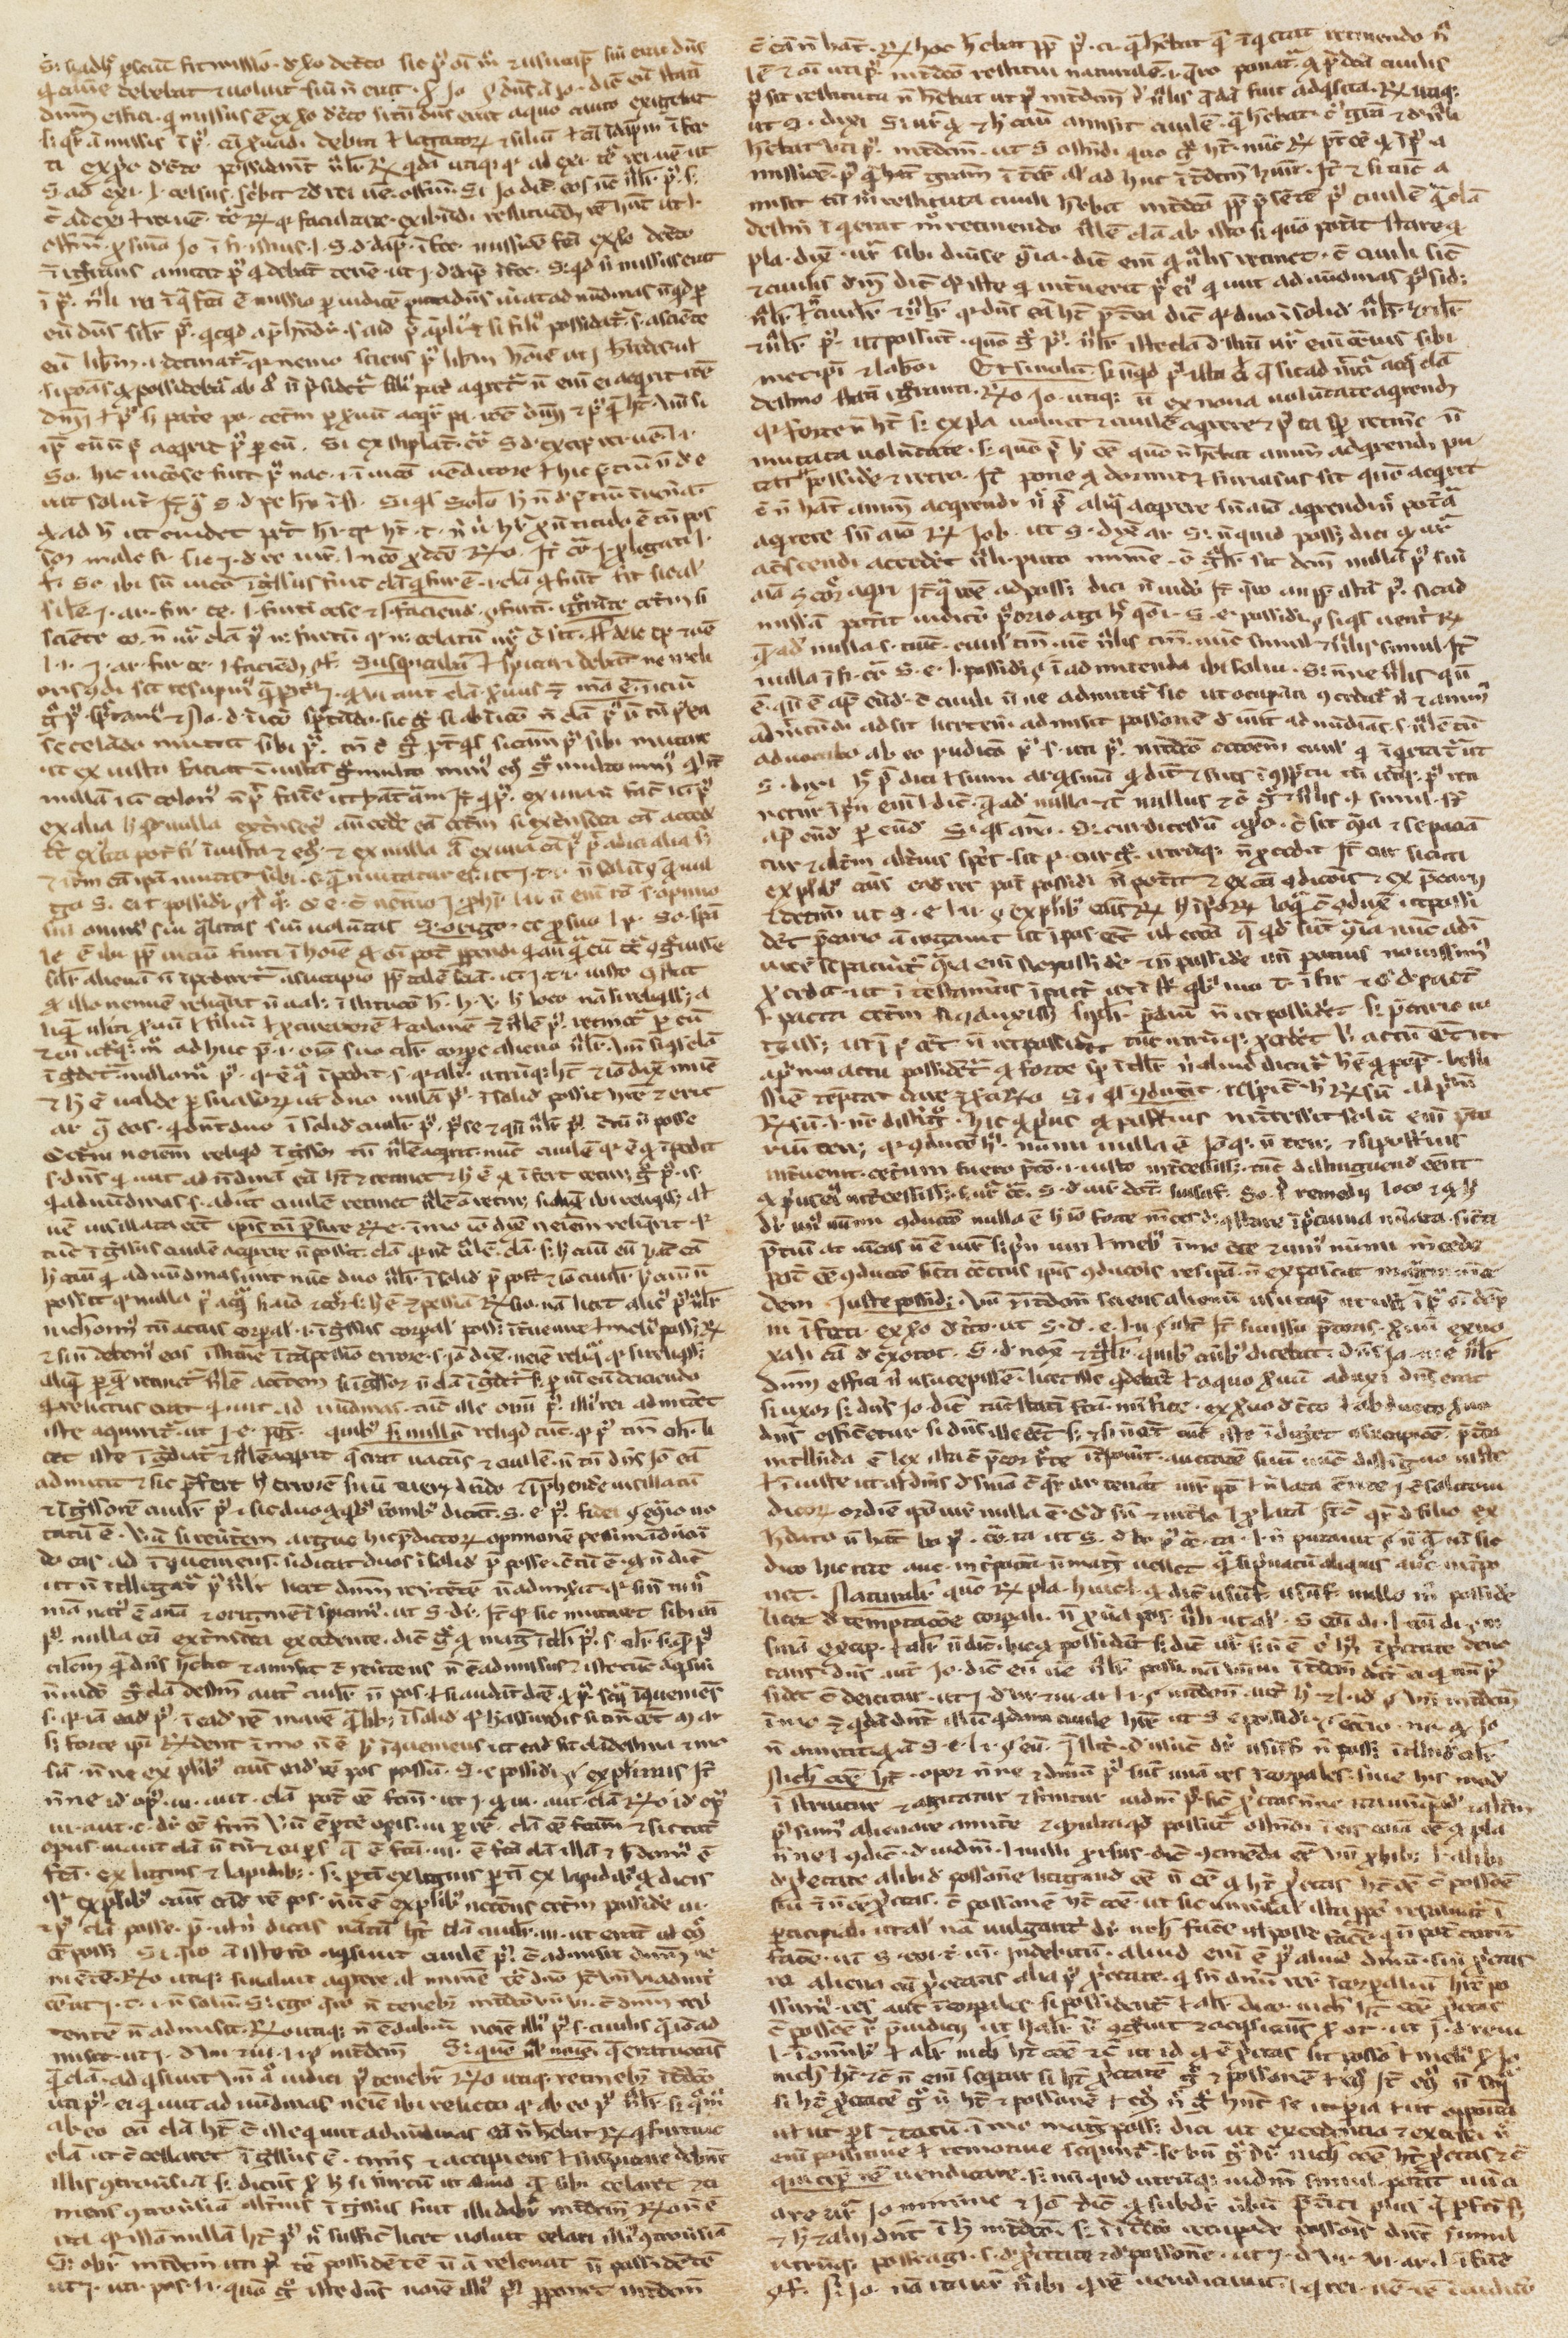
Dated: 1200–1224